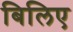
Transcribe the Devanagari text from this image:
बिलिए